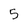
Character: 5